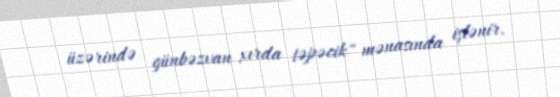
üzərində günbəzvan xırda təpəcik" mənasında işlənir.